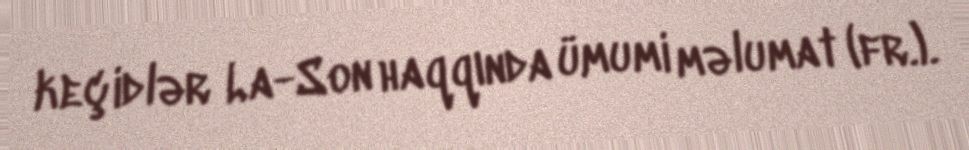
keçidlər La-Son haqqında ümumi məlumat (fr.).